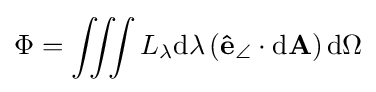
\Phi =\iiint L_{\lambda }\mathrm {d} \lambda \left(\mathbf {\hat {e}} _{\angle }\cdot \mathrm {d} \mathbf {A} \right)\mathrm {d} \Omega